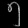
Digit: ၅